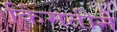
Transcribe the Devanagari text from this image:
किंमतीने